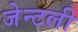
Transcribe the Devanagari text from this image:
जेन्टली